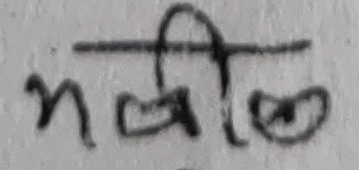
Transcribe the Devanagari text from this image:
भनील